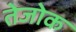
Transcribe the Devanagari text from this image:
तेजोक